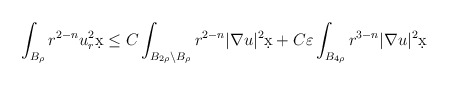
\begin{align*}\int_{B_{\rho}} r^{2-n} u_r^2 \d x &\leq C \int_{B_{2\rho} \setminus B_{\rho}} r^{2-n} |\nabla u|^2 \d x + C \varepsilon \int_{B_{4\rho}} r^{3-n} |\nabla u|^2 \d x\end{align*}